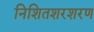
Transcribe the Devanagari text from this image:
निशितशरशरण